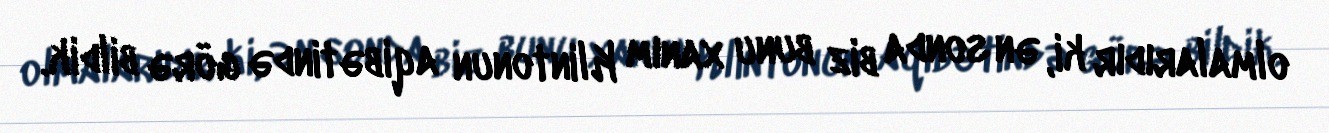
olmalarıdır ki, ən sonda biz bunu xanım Klintonun aqibətində görə bildik.